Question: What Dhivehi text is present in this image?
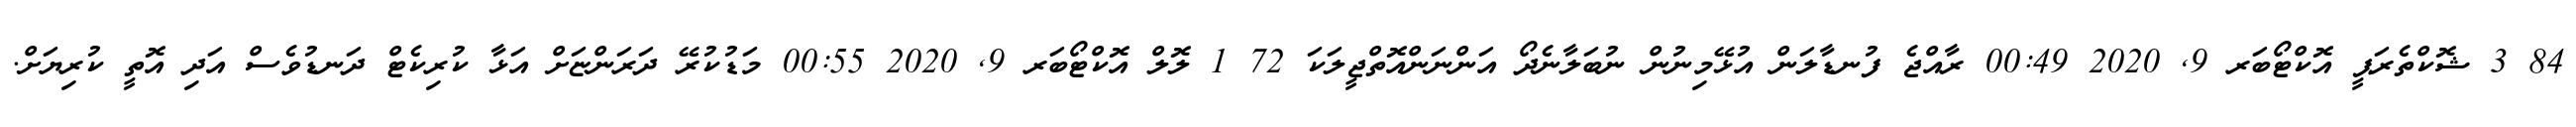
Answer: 84 3 ޝޮކްތެރަޕީ އޮކްޓޯބަރ 9, 2020 00:49 ރާއްޖެ ފުނޑާލަން އުޅޭމިނުން ނުބަލާނެދޯ އަންނަންއޮތްޖީލަކަ 72 1 ލޮލް އޮކްޓޯބަރ 9, 2020 00:55 މަޑުކުރޭ ދަރަންޏަށް އަޅާ ކުރިކެޓް ދަނޑުވެސް އަދި އޮތީ ކުރިޔަށް.